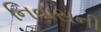
નિવાસની